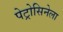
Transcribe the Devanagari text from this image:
पेट्रोसिनेला